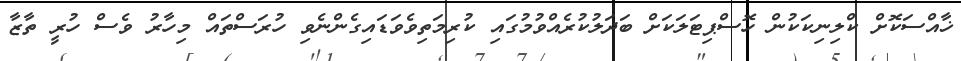
ޚާއްސަކޮށް ކްލިނިކަކުން ހޮސްޕިޓަލަކަށް ބަދަލުކުރެއްވުމުގައި ކުރިމަތިވެވަޑައިގެންނެވި ހުރަސްތައް މިހާރު ވެސް ހުރީ ތާޒާ